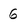
Character: 6